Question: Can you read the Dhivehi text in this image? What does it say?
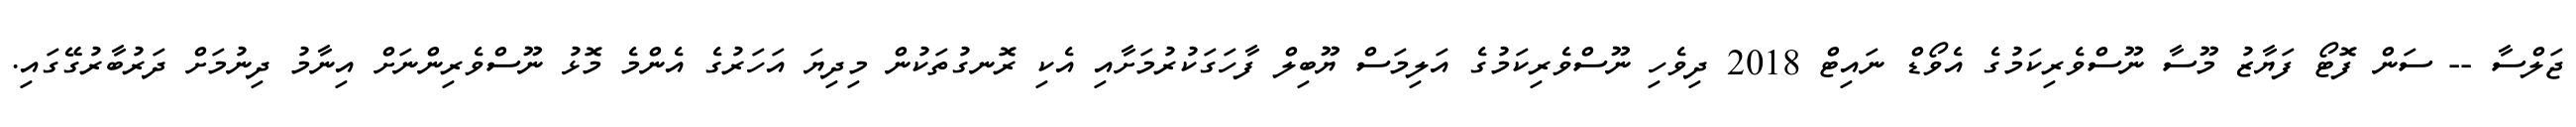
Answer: ޖަލްސާ -- ސަން ފޮޓޯ ފަޔާޒު މޫސާ ނޫސްވެރިކަމުގެ އެވޯޑް ނައިޓް 2018 ދިވެހި ނޫސްވެރިކަމުގެ އަލިމަސް ޔޫބިލް ފާހަގަކުރުމަށާއި އެކި ރޮނގުތަކުން މިދިޔަ އަހަރުގެ އެންމެ މޮޅު ނޫސްވެރިންނަށް އިނާމު ދިނުމަށް ދަރުބާރުގޭގައި.